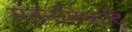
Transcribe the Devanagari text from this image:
मंडनमिश्रादि